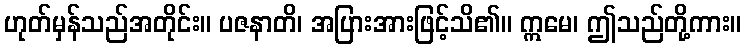
ဟုတ်မှန်သည်အတိုင်း။ ပဇနာတိ၊ အပြားအားဖြင့်သိ၏။ ဣမေ၊ ဤသည်တို့ကား။